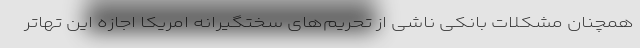
همچنان مشکلات بانکی ناشی از تحریم‌های سختگیرانه امریکا اجازه این تهاتر